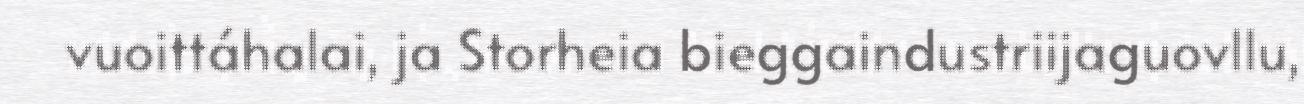
vuoittáhalai, ja Storheia bieggaindustriijaguovllu,